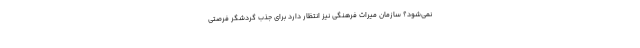
نمی‌شود؟ سازمان میراث فرهنگی نیز انتظار دارد برای جذب گردشگر فرصتی